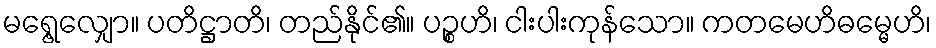
မရွေ့လျှော။ ပတိဋ္ဌာတိ၊ တည်နိုင်၏။ ပဉ္စဟိ၊ ငါးပါးကုန်သော။ ကတမေဟိဓမ္မေဟိ၊